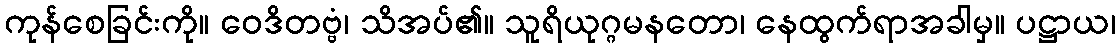
ကုန်စေခြင်းကို။ ဝေဒိတဗ္ဗံ၊ သိအပ်၏။ သူရိယုဂ္ဂမနတော၊ နေထွက်ရာအခါမှ။ ပဋ္ဌာယ၊